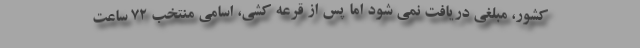
کشور، مبلغی دریافت نمی شود اما پس از قرعه کشی، اسامی منتخب 72 ساعت